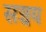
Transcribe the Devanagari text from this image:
सञ्चय